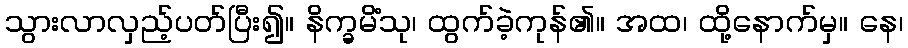
သွားလာလှည့်ပတ်ပြီး၍။ နိက္ခမိံသု၊ ထွက်ခဲ့ကုန်၏။ အထ၊ ထို့နောက်မှ။ နေ၊